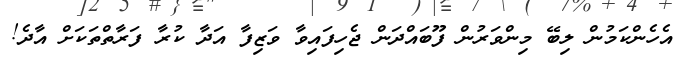
އެހެންކަމުން ލިބޭ މިންވަރުން ފޫބައްދަން ޖެހިފައިވާ ވަޒިފާ އަދާ ކުރާ ފަރާތްތަކަށް އާދެ!